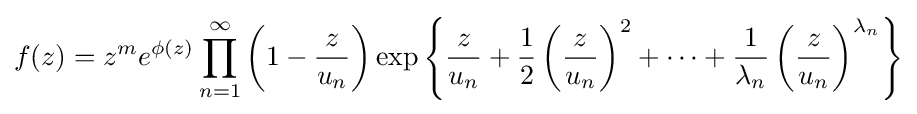
f(z)=z^{m}e^{\phi (z)}\prod _{n=1}^{\infty }\left(1-{\frac {z}{u_{n}}}\right)\exp \left\lbrace {\frac {z}{u_{n}}}+{\frac {1}{2}}\left({\frac {z}{u_{n}}}\right)^{2}+\cdots +{\frac {1}{\lambda _{n}}}\left({\frac {z}{u_{n}}}\right)^{\lambda _{n}}\right\rbrace